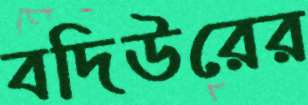
বদিউরের